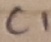
Text: C1